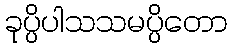
ခုပ္ပိပါသသမပ္ပိတော